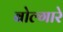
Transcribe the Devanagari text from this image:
बोल्गारे